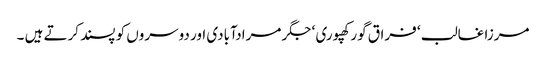
مرزا غالب ‘ فراق گورکھپوری ‘ جگر مرادآبادی اور دوسروں کو پسند کرتے ہیں ۔